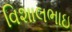
વિશાલભાઇ